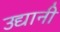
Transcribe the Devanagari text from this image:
उद्यानी